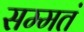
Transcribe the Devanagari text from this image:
सम्मतं